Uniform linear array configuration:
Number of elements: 12
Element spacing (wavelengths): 1
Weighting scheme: binomial
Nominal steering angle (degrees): -15
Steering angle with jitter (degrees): -14.747
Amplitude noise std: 0.05
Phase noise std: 0.05

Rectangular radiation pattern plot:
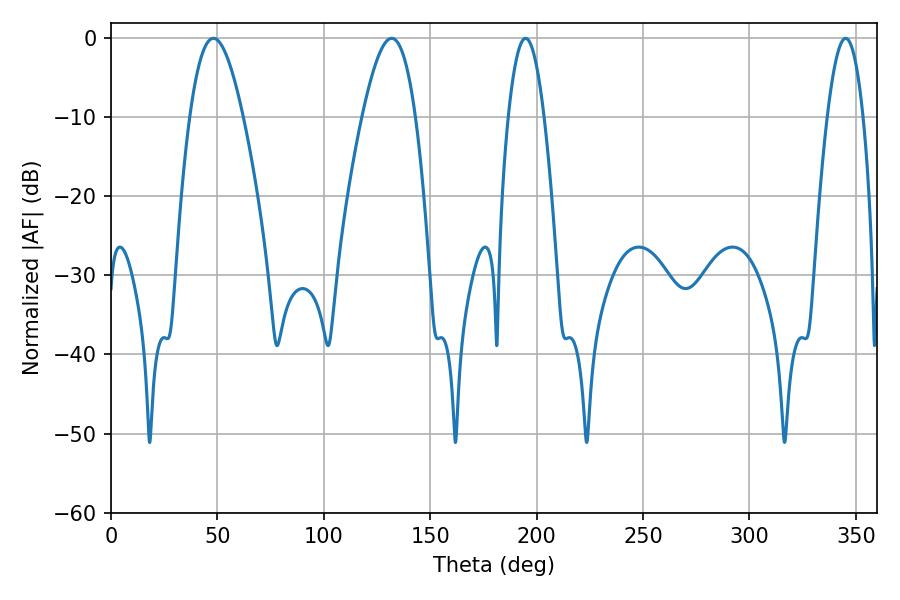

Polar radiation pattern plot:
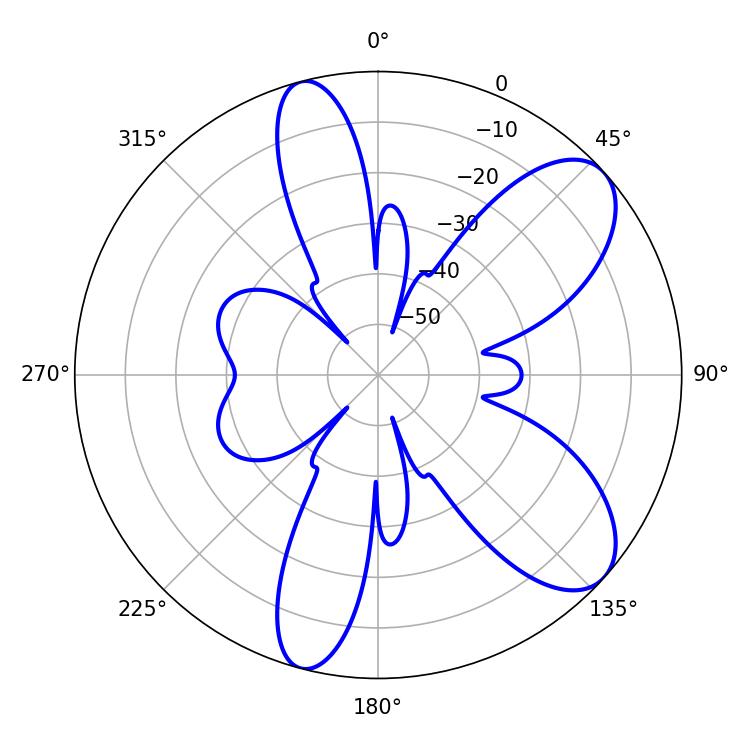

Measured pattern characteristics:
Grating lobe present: TRUE
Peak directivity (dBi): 8.332
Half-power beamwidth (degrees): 13.5
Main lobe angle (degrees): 48.06